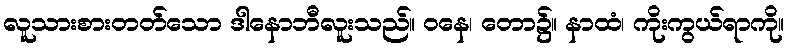
လူသားစားတတ်သော ဒါနောဘီလူးသည်။ ဝနေ၊ တော၌။ နာထံ၊ ကိုးကွယ်ရာကို။